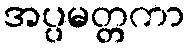
အပ္ပမတ္တကာ